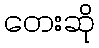
တေးဆို